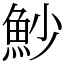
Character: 魦